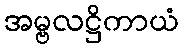
အမ္ဗလဋ္ဌိကာယံ